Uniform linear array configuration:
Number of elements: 8
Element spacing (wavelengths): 0.25
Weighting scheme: cosine
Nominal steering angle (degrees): -45
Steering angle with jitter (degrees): -46.646
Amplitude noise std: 0.05
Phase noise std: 0.05

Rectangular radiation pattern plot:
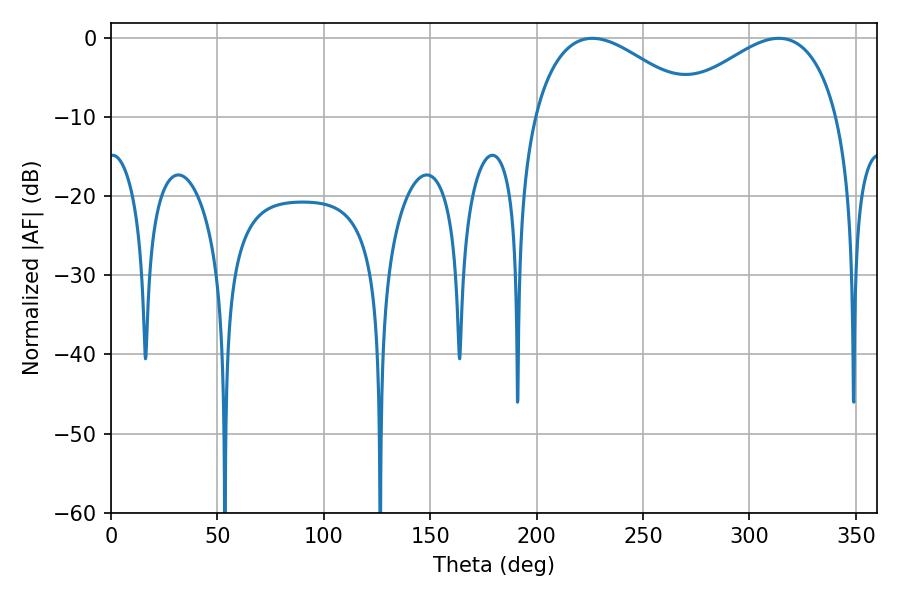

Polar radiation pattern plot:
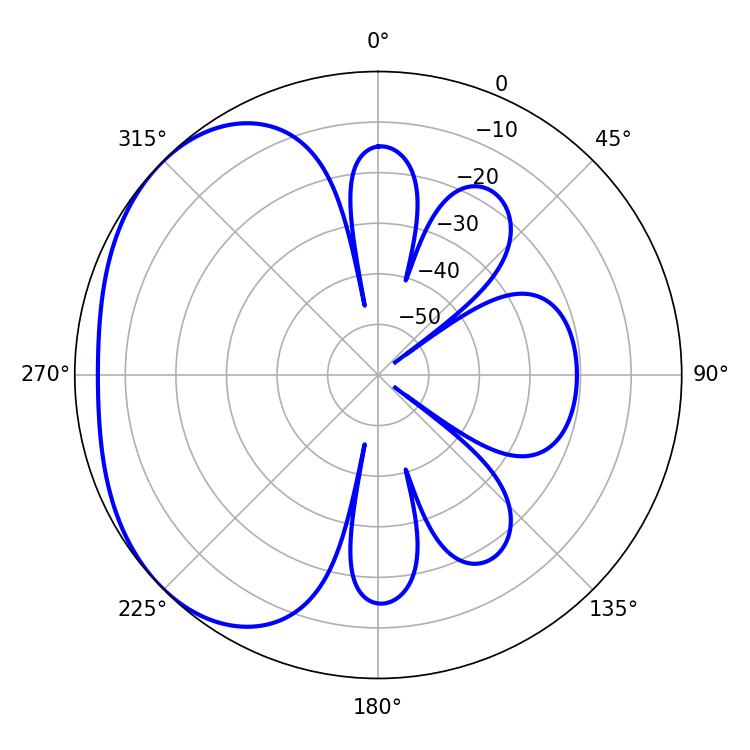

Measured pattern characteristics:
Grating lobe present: FALSE
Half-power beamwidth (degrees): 42.48
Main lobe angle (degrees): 226.26